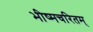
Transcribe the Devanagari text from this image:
भीष्मचरितम्